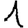
Digit: 1